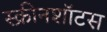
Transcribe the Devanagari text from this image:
स्क्रीनशॉटस